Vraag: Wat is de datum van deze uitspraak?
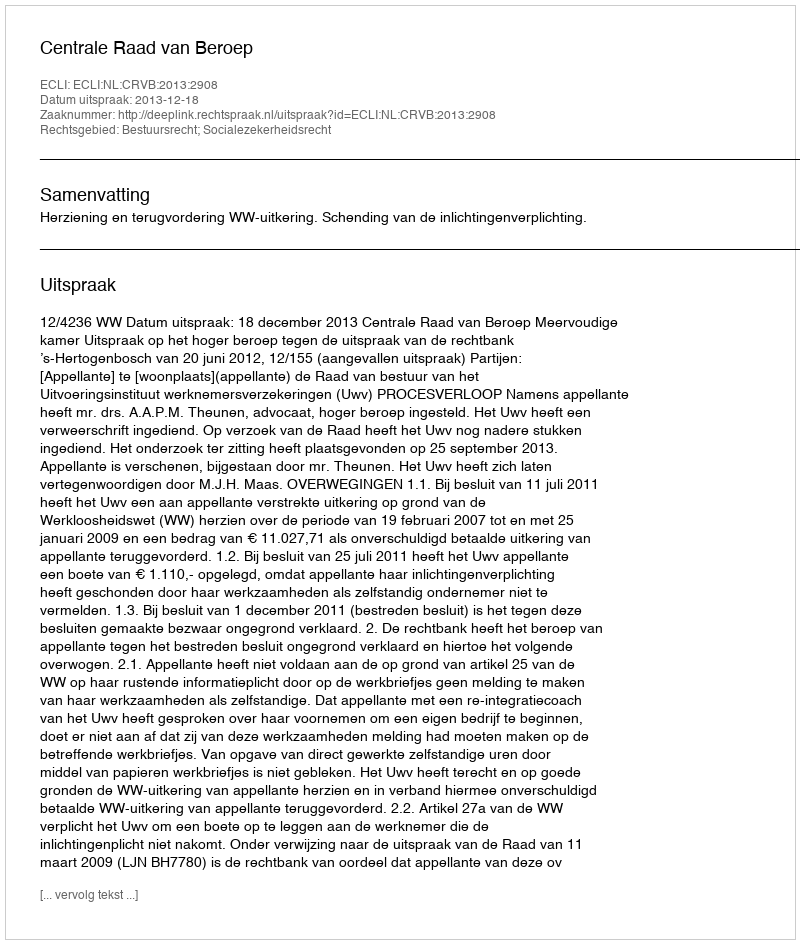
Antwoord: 2013-12-18